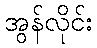
အွန်လိုင်း